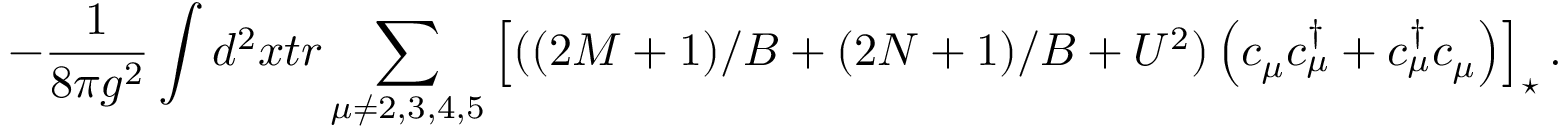
- \frac { 1 } { 8 \pi g ^ { 2 } } \int d ^ { 2 } x t r \sum _ { \mu \neq 2 , 3 , 4 , 5 } \left[ ( ( 2 M + 1 ) / B + ( 2 N + 1 ) / B + U ^ { 2 } ) \left( c _ { \mu } c _ { \mu } ^ { \dagger } + c _ { \mu } ^ { \dagger } c _ { \mu } \right) \right] _ { \star } .